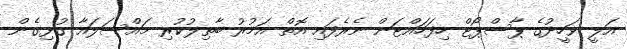
އަލީ ވަހީދުގެ ޕާސްޕޯޓް ހިފަހައްޓަން ނެރެފައި އޮތް އަމުރު ބާތިލުކުރި މައްސަލައާ ގުޅިގެން